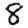
Digit: 8